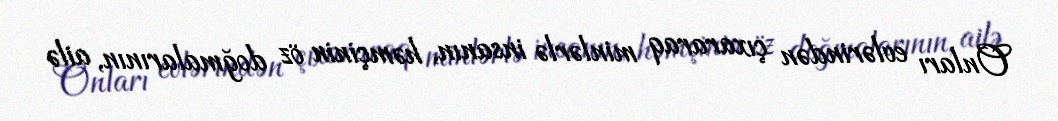
Onları evlərindən çıxararaq minlərlə insanın, həmçinin öz doğmalarının, ailə